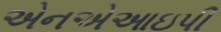
એનએઆઇપી